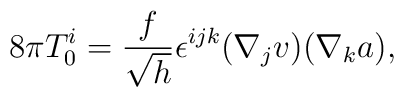
8\pi T_0^i=\frac{f}{\sqrt{h}}\epsilon^{ijk}(\nabla_jv)(\nabla_ka),